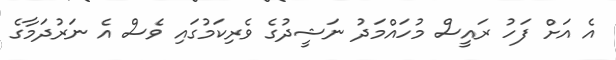
އެ އަށް ފަހު ރައީސް މުހައްމަދު ނަޝީދުގެ ވެރިކަމުގައި ވެސް އެ ނަރުދަމާގެ